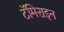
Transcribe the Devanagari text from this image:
टॅमिराइन